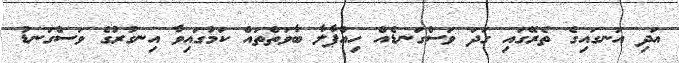
އަދި އަނގައިގެ ތެރޭގައި ގަދަ ވަސްގަނޑެއް ހިއްޕާލާ ބާވަތްތައް ކަމުގައިވާ އިނގުރުގެ ވަސްގަނޑު